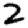
Digit: 2